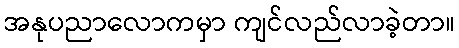
အနုပညာလောကမှာ ကျင်လည်လာခဲ့တာ။